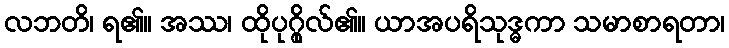
လဘတိ၊ ရ၏။ အဿ၊ ထိုပုဂ္ဂိုလ်၏။ ယာအပရိသုဒ္ဓကာ သမာစာရတာ၊